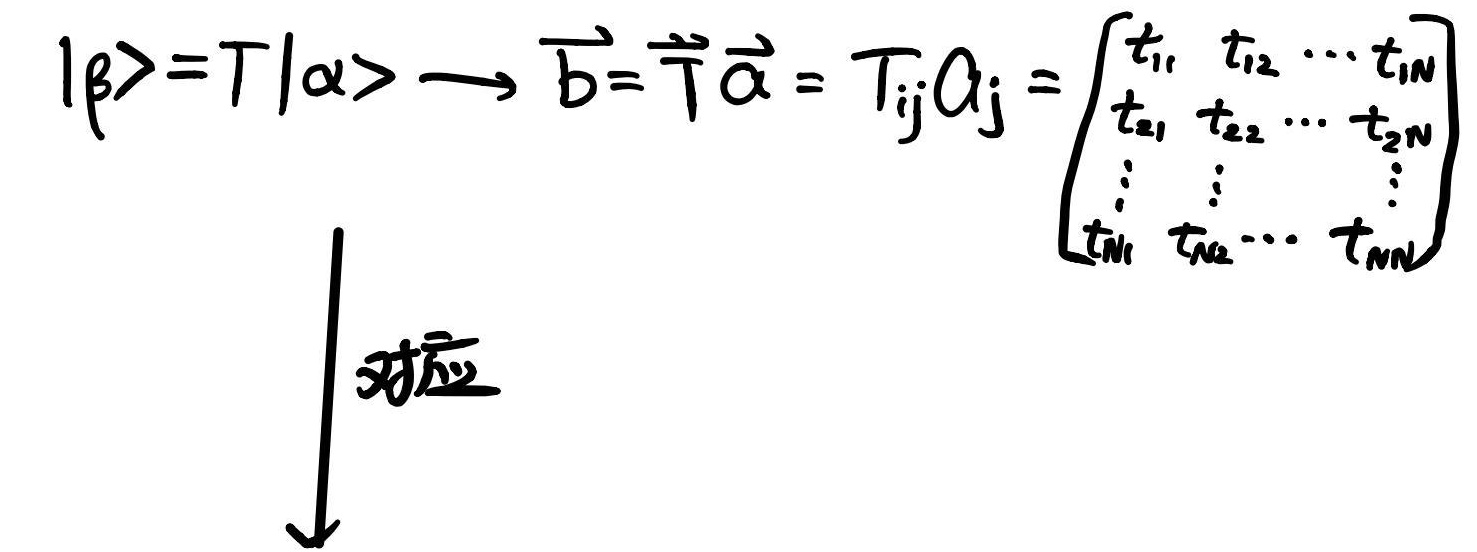
\(|\beta\rangle=T|\alpha\rangle \longrightarrow \vec{b}=\vec{T}\vec{a} = T_{ij}a_j = \begin{bmatrix}t_{11} & t_{12} & \cdots & t_{1N} \\t_{21} & t_{22} & \cdots & t_{2N} \\\vdots & \vdots & & \vdots \\t_{N1} & t_{N2} & \cdots & t_{NN}\end{bmatrix}\)
\(\downarrow\)对应